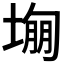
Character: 𡎾